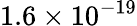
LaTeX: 1.6\times 10^{-19}